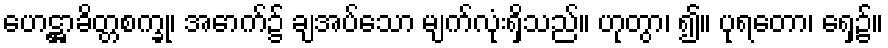
ဟေဋ္ဌာခိတ္တစက္ခု၊ အောက်၌ ချအပ်သော မျက်လုံးရှိသည်။ ဟုတွာ၊ ၍။ ပုရတော၊ ရှေ့၌။